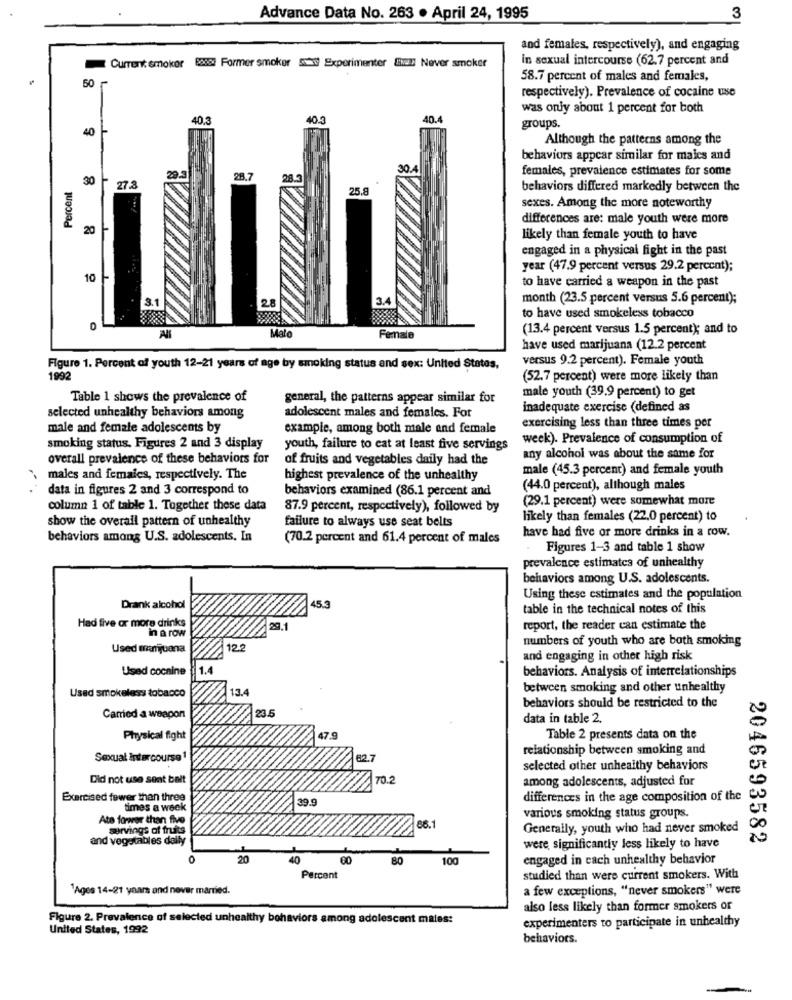
Advance Data No. 263 . April 24, 1995
3
and females, respectively), and engaging
in sexual intercourse (62.7 percent and
Current smoker 88382 Former smoker s Experimenter ENul Never smoker
50
58.7 percent of males and females,
respectively). Prevalence of cocaine uso
was only about 1 percent for both
40.3
40.3
40.4
40
groups.
Although the patterns among the
behaviors appcar similar for maies and
29.
females, prevalence estimates for some
30
28.7
28.
Percent
27.8
25.8
behaviors differed markedly between the
sexes. Among the more noteworthy
differences are: male youth were more
20
likely than female youth to have
engaged in a physical fight in the past
year (47.9 percent versus 29.2 percent);
10
to have carried a weapon in the past
28
3.4
month (23.5 percent versus 5.6 percent);
3.1
to have used smokeless tobacco
(13.4 percent versus 1.5 percent); and to
Malo
enale
have used marijuana (12.2 percent
versus 9.2 percent). Female youth
Figure 1. Percent of youth 12-21 years of age by smoking status and sex: United States,
1992
(52.7 percent) were more likely than
male youth (39.9 percent) to get
Table 1 shows the prevalence of
general, the patterns appear similar for
inadequate exercise (defined as
selected unhealthy behaviors among
adolescent males and females. For
male and female adolescents by
example, among both male and female
exercising less than three times per
week). Prevalence of consumption of
smoking status. Figures 2 and 3 display
youth, failure to eat at least five servings
overall prevalence of these behaviors for
of fruits and vegetables daily had the
any alcohol was about the same for
male (45.3 percent) and female youth
. males and females, respectively. The
highest prevalence of the unhealthy
data in figures 2 and 3 correspond to
behaviors examined (86.1 percent and
(44.0 percent), although males
(29.1 percent) were somewhat more
column 1 of table 1. Together these data
87.9 percent, respectively), followed by
show the overall pattern of unhealthy
failure to always use seat belts
likely than females (22.0 percent) to
have had five or more drinks in a row.
behaviors among U.S. adolescents, In
(70.2 percent and 61.4 percent of males
Figures 1-3 and table 1 show
prevalence estimates of unhealthy
behaviors among U.S. adolescents.
Using these estimates and the population
Drank alcohol
45.3
table in the technical notes of this
Had five or more drinks
in a row
29.1
report, the reader can estimate the
numbers of youth who are both smoking
Used marijuana
12.2
and engaging in other high risk
Used cocaine
behaviors. Analysis of interrelationships
Used smokeless tobacco
13.4
between smoking and other unhealthy
123.5
behaviors should be restricted to the
Camied a weapon
data in table 2.
Physical fight
17.9
Table 2 presents data on the
relationship between smoking and
Sexual Intercourse
62.7
selected other unhealthy behaviors
Did not use seat belt
70.2
among adolescents, adjusted for
Exercised fewer than three
29.9
differences in the age composition of the
times a week
Ate fowwer than five
various smoking status groups.
servings of fruits
86.1
Generally, youth who had never smoked
and vegetables daily
2046593582
were, significantly less likely to have
0
20
40
80
100
engaged in cach unhealthy behavior
Percent
studied than were current smokers. With
1Ages 14-21 years and never married.
a few exceptions, "never smokers" were
also less likely than former smokers or
Figure 2. Prevalence of selected unhealthy behaviors among adolescent males:
experimenters to participate in unhealthy
United States, 1992
behaviors.